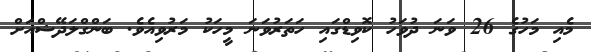
މެއި މަހުގެ 26 ވަނަ ދުވަހު ކޮވިޑްގައި ހަތަރުވަނަ މީހަކު މަރުވިއެވެ. ބަންގްލަދޭޝްއަށް